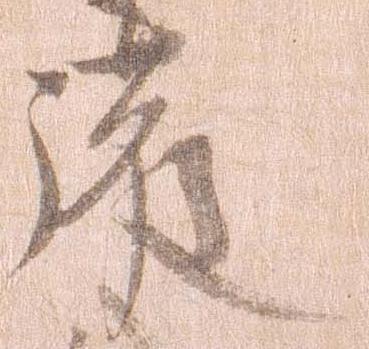
護